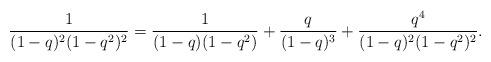
LaTeX: \begin{align*}\frac{1}{(1-q)^2(1-q^2)^2} = \frac{1}{(1-q)(1-q^2)} + \frac{q}{(1-q)^3}+\frac{q^4}{(1-q)^2(1-q^2)^2}.\end{align*}